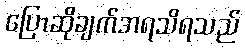
ပြောဆိုချက်အရသိရသည်